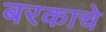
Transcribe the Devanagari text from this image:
बरकाचे